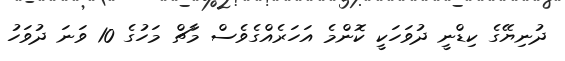
ދުނިޔޭގެ ކިޑްނީ ދުވަހަކީ ކޮންމެ އަހަރެއްގެވެސް މާޗް މަހުގެ 10 ވަނަ ދުވަހު